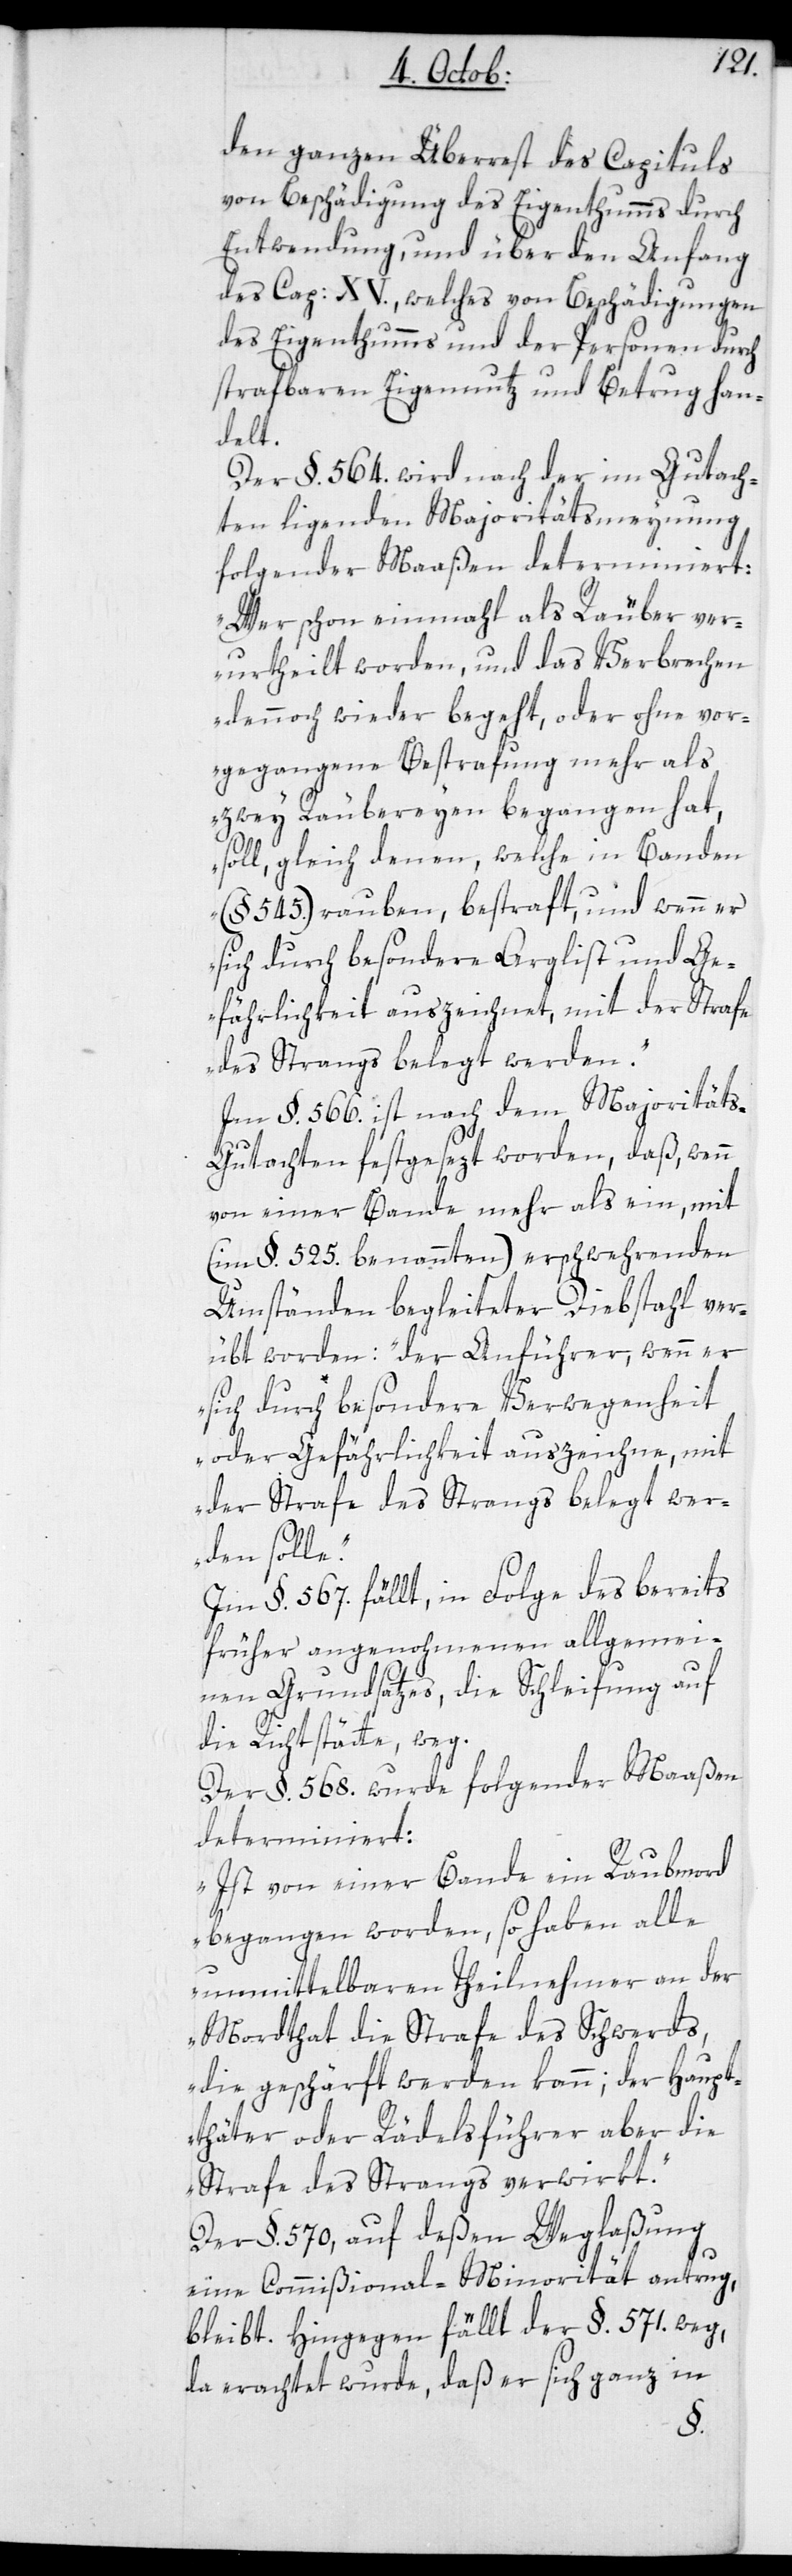
den ganzen Überrest des Capituls
von Beschädigung des Eigenthumms durch
Entwendung, und über den Anfang
des Cap: XV., welches von Beschädigungen
des Eigenthumms und der Personen durch
strafbaren Eigennutz und Betrug han¬
le“.
Der §. 564. wird nach der im Gutach¬
ten liegenden Majoritätsmeynung
folgender Maaßen determiniert:
„Wer schon einmal als Räuber ver¬
urtheilt worden, und das Verbrechen
dennoch wieder begeht, oder ohne vor¬
gegangene Bestrafung mehr als
zwey Räubereyen begangen hat,
soll, gleich denen, welche in Banden
(§. 545.) rauben, bestraft, und wenn er
sich durch besondere Arglist und Ge¬
fährlichkeit auszeichnet, mit der Strafe
des Strangs belegt werden.“
Im §. 566. ist nach dem Majorität¬
s-Gutachten festgesezt worden, daß wenn
von einer Bande mehr als ein, mit
(im §. 525. benannten) erschwerenden
Umständen begleiteter Diebstahl ver¬
übt worden: „der Anführer, wenn er
sich durch besondere Verwegenheit
oder Gefährlichkeit auszeichne, mit
der Strafe des Strangs belegt wer¬
den sol¬
Im §. 567. fällt in Folge des bereits
früher angenohmenen allgemei¬
nen Grundsatzes, die Schleifung auf
die Richtstätte, weg.
Der §. 568. wurde folgender Maaßen
determiniert:
„Ist von einer Bande ein Raubmord
begangen worden, so haben alle
unmittelbaren Theilnehmer an der
Mordthat die Strafe des Schwerds,
die geschärft werden kann; der Haupt¬
thäter oder Rädelsführer aber die
Strafe des Strangs verwirkt“.
Der §. 570, auf deßen Weglaßung
eine Commißional-Minorität antrug,
bleibt. Hingegen fällt der §. 571. weg,
da erachtet wurde, daß er sich ganz in